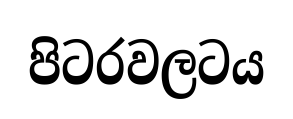
පිටරවලටය